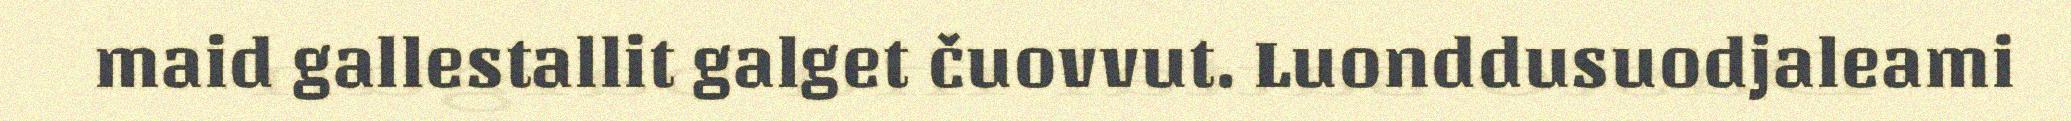
maid gallestallit galget čuovvut. Luonddusuodjaleami